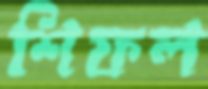
শিফল